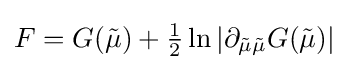
F=G({\tilde {\mu }})+\textstyle {1 \over 2}\ln \vert \partial _{{\tilde {\mu }}{\tilde {\mu }}}G({\tilde {\mu }})\vert